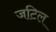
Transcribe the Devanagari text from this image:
जटिल